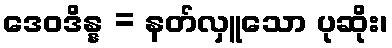
ဒေဝဒိန္န = နတ်လှူသော ပုဆိုး၊